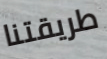
طريقتنا